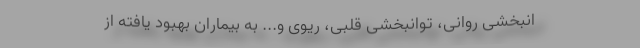
انبخشی روانی، توانبخشی قلبی، ریوی و... به بیماران بهبود یافته از